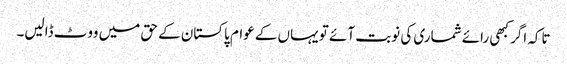
تاکہ اگر کبھی رائے شماری کی نوبت آئے تو یہاں کے عوام پاکستان کے حق میں ووٹ ڈالیں۔